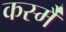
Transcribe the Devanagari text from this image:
कस्मै॑